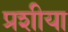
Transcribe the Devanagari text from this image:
प्रशीया